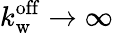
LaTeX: k_{\mathrm{w}}^{\mathrm{off}}\rightarrow\infty